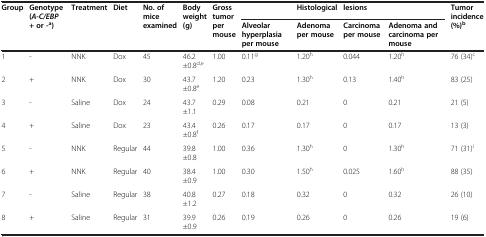
<table><thead><tr><td><b>Group</b></td><td><b>Genotype (<i>A-C/EBP</i></b></td><td><b>Treatment</b></td><td><b>Diet</b></td><td><b>No. of mice</b></td><td><b>Body weight</b></td><td><b>Gross tumor</b></td><td><b> </b></td><td><b>Histological</b></td><td><b>lesions</b></td><td><b> </b></td><td><b>Tumor incidence</b></td></tr><tr><td><b> </b></td><td><b>+ or -<sup>a</sup>)</b></td><td><b> </b></td><td><b> </b></td><td><b>examined</b></td><td><b>(g)</b></td><td><b>per mouse</b></td><td><b>Alveolar hyperplasia per mouse</b></td><td><b>Adenoma per mouse</b></td><td><b>Carcinoma per mouse</b></td><td><b>Adenoma and carcinoma per mouse</b></td><td><b>(%)<sup>b</sup></b></td></tr></thead><tbody><tr><td>1</td><td>-</td><td>NNK</td><td>Dox</td><td>45</td><td>46.2±0.8<sup>d,e</sup></td><td>1.00</td><td>0.11<sup>g</sup></td><td>1.20<sup>h</sup></td><td>0.044</td><td>1.20<sup>h</sup></td><td>76 (34)<sup>c</sup></td></tr><tr><td>2</td><td>+</td><td>NNK</td><td>Dox</td><td>30</td><td>43.7±0.8<sup>e</sup></td><td>1.20</td><td>0.23</td><td>1.30<sup>h</sup></td><td>0.13</td><td>1.40<sup>h</sup></td><td>83 (25)</td></tr><tr><td>3</td><td>-</td><td>Saline</td><td>Dox</td><td>24</td><td>43.7±1.1</td><td>0.29</td><td>0.08</td><td>0.21</td><td>0</td><td>0.21</td><td>21 (5)</td></tr><tr><td>4</td><td>+</td><td>Saline</td><td>Dox</td><td>23</td><td>43.4±0.8<sup>f</sup></td><td>0.26</td><td>0.17</td><td>0.17</td><td>0</td><td>0.17</td><td>13 (3)</td></tr><tr><td>5</td><td>-</td><td>NNK</td><td>Regular</td><td>44</td><td>39.8±0.8</td><td>1.00</td><td>0.36</td><td>1.30<sup>h</sup></td><td>0</td><td>1.30<sup>h</sup></td><td>71 (31)<sup>i</sup></td></tr><tr><td>6</td><td>+</td><td>NNK</td><td>Regular</td><td>40</td><td>38.4±0.9</td><td>1.00</td><td>0.30</td><td>1.50<sup>h</sup></td><td>0.025</td><td>1.60<sup>h</sup></td><td>88 (35)</td></tr><tr><td>7</td><td>-</td><td>Saline</td><td>Regular</td><td>38</td><td>40.8±1.2</td><td>0.27</td><td>0.18</td><td>0.32</td><td>0</td><td>0.32</td><td>26 (10)</td></tr><tr><td>8</td><td>+</td><td>Saline</td><td>Regular</td><td>31</td><td>39.9±0.9</td><td>0.26</td><td>0.19</td><td>0.26</td><td>0</td><td>0.26</td><td>19 (6)</td></tr></tbody></table>